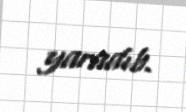
yaradıb.